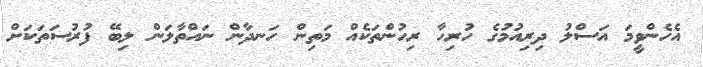
އެހެންވީމަ އަސްލު ދިރިއުމުގެ ހުރިހާ ރިހުންތަކެއް މަތިން ހަނދާން ނައްތާލަން ލިބޭ ފުރުސަތަކަށް